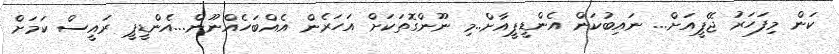
ކަން މިފަހަރު ޖޭޕީއަށް... ނައިބުކަން އެންޑީޕީއާށް..މި ނޫންގޮތަކަށް އަހަރެން އެއްބަހެއްނޫން...އެންޑީޕީ ރައީސް ކަމަށް